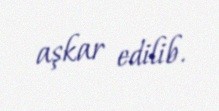
aşkar edilib.